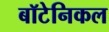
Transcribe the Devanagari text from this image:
बॉटेनिकल